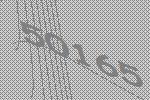
50165